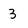
Character: 3